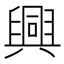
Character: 興